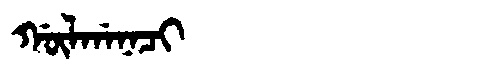
Manchu: ᡤᡡᠯᡤᠠᠨᠠᠴᡳ
Romanization: GŪLGANACI